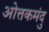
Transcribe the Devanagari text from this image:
ओत्तकमंदु